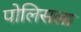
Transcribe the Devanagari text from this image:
पोलिसला